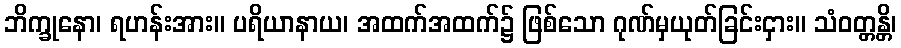
ဘိက္ခုနော၊ ရဟန်းအား။ ပရိယာနာယ၊ အထက်အထက်၌ ဖြစ်သော ဂုဏ်မှယုတ်ခြင်းငှား။ သံဝတ္တန္တိ၊